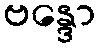
ဗန္ဒော